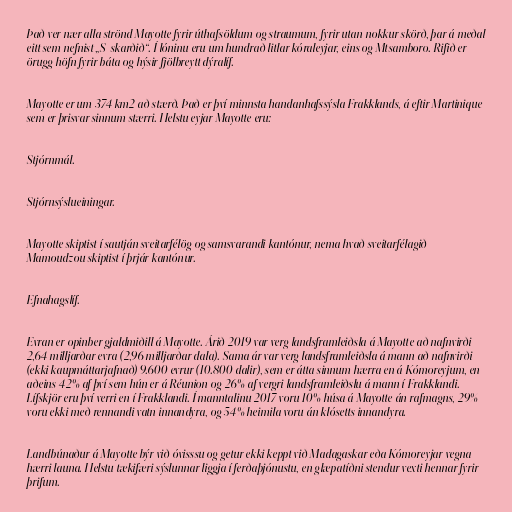
Það ver nær alla strönd Mayotte fyrir úthafsöldum og straumum, fyrir utan nokkur skörð, þar á meðal
eitt sem nefnist „S-skarðið“. Í lóninu eru um hundrað litlar kóraleyjar, eins og Mtsamboro. Rifið er
örugg höfn fyrir báta og hýsir fjölbreytt dýralíf.

Mayotte er um 374 km2 að stærð. Það er því minnsta handanhafssýsla Frakklands, á eftir Martinique
sem er þrisvar sinnum stærri. Helstu eyjar Mayotte eru:

Stjórnmál.

Stjórnsýslueiningar.

Mayotte skiptist í sautján sveitarfélög og samsvarandi kantónur, nema hvað sveitarfélagið
Mamoudzou skiptist í þrjár kantónur.

Efnahagslíf.

Evran er opinber gjaldmiðill á Mayotte. Árið 2019 var verg landsframleiðsla á Mayotte að nafnvirði
2,64 milljarðar evra (2,96 milljarðar dala). Sama ár var verg landsframleiðsla á mann að nafnvirði
(ekki kaupmáttarjafnað) 9.600 evrur (10.800 dalir), sem er átta sinnum hærra en á Kómoreyjum, en
aðeins 42% af því sem hún er á Réunion og 26% af vergri landsframleiðslu á mann í Frakklandi.
Lífskjör eru því verri en í Frakklandi. Í manntalinu 2017 voru 10% húsa á Mayotte án rafmagns, 29%
voru ekki með rennandi vatn innandyra, og 54% heimila voru án klósetts innandyra.

Landbúnaður á Mayotte býr við óvisssu og getur ekki keppt við Madagaskar eða Kómoreyjar vegna
hærri launa. Helstu tækifæri sýslunnar liggja í ferðaþjónustu, en glæpatíðni stendur vexti hennar fyrir
þrifum.